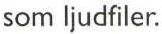
som ljudfiler.